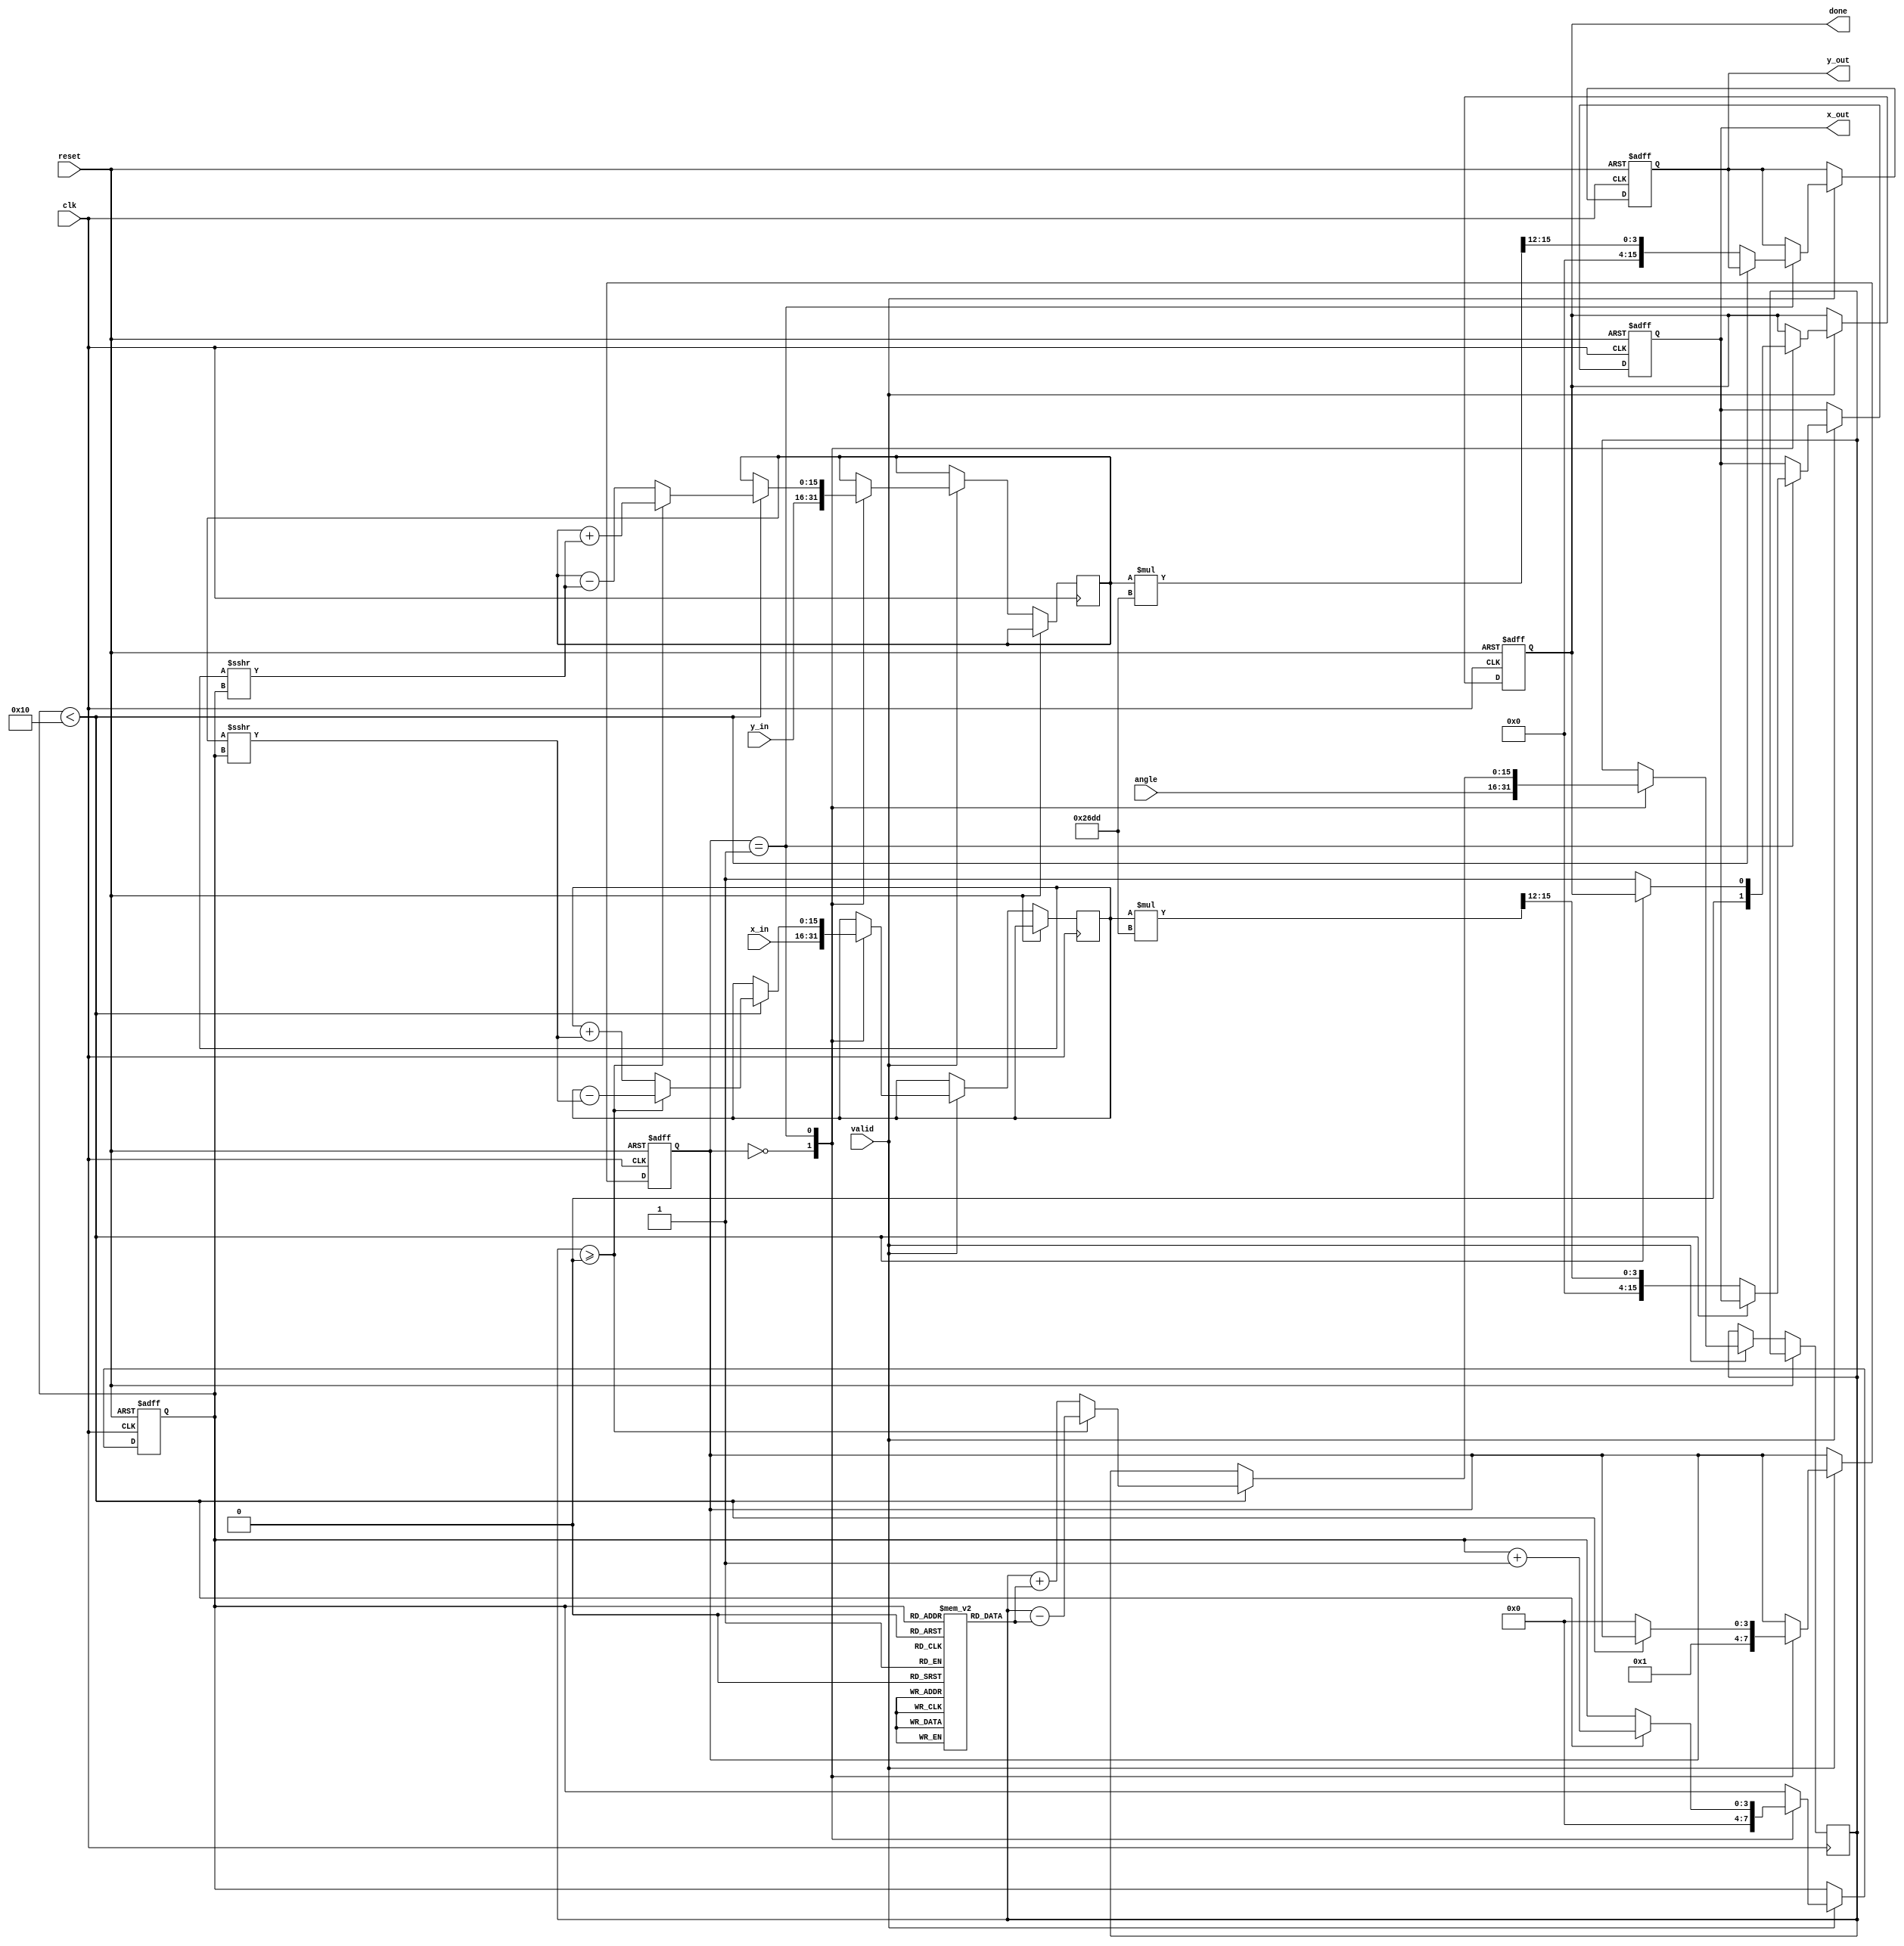
module cordic_fixed_point #(
    parameter WIDTH = 16, // Total bit-width for fixed-point representation
    parameter FRAC_BITS = 12, // Number of fractional bits
    parameter ITERATIONS = 16 // Number of CORDIC iterations
)(
    input wire clk,
    input wire reset,
    input wire valid,
    input wire [WIDTH-1:0] x_in, // Fixed-point input X
    input wire [WIDTH-1:0] y_in, // Fixed-point input Y
    input wire [WIDTH-1:0] angle, // Fixed-point angle input
    output reg [WIDTH-1:0] x_out, // Fixed-point output X
    output reg [WIDTH-1:0] y_out, // Fixed-point output Y
    output reg done // Status flag
);

    // Scaling factor for normalization
    localparam SCALING_FACTOR = 16'h26DD; // Approximation of 1/K for K = sqrt(1 + 2^-2) for N = 16

    // Lookup table for arctangent values
    reg [WIDTH-1:0] atan_lut [0:ITERATIONS-1];
    initial begin
        // Precompute atan(2^-i) values for i = 0, 1, ..., N
        atan_lut[0] = 16'h2000; // atan(1) = pi/4
        atan_lut[1] = 16'h199A; // atan(0.5) = pi/6
        atan_lut[2] = 16'h1333; // atan(0.25) = pi/12
        // ... Fill in the rest of the LUT values
        // For simplicity, the LUT values can be filled with actual atan values in fixed-point format.
    end

    // State machine for CORDIC iterations
    reg [3:0] state;
    reg [3:0] iteration;
    reg [WIDTH-1:0] x, y;
    reg [WIDTH-1:0] angle_accum;

    // State machine to control CORDIC operation
    always @(posedge clk or posedge reset) begin
        if (reset) begin
            state <= 0;
            iteration <= 0;
            x_out <= 0;
            y_out <= 0;
            done <= 0;
        end else if (valid) begin
            case (state)
                0: begin // Initialization
                    x <= x_in;
                    y <= y_in;
                    angle_accum <= angle;
                    iteration <= 0;
                    done <= 0;
                    state <= 1;
                end
                1: begin // CORDIC iterations
                    if (iteration < ITERATIONS) begin
                        if (angle_accum >= 0) begin
                            // Rotate clockwise
                            x <= x - (y >>> iteration);
                            y <= y + (x >>> iteration);
                            angle_accum <= angle_accum - atan_lut[iteration];
                        end else begin
                            // Rotate counter-clockwise
                            x <= x + (y >>> iteration);
                            y <= y - (x >>> iteration);
                            angle_accum <= angle_accum + atan_lut[iteration];
                        end
                        iteration <= iteration + 1;
                    end else begin
                        // Final scaling
                        x_out <= (x * SCALING_FACTOR) >>> FRAC_BITS;
                        y_out <= (y * SCALING_FACTOR) >>> FRAC_BITS;
                        done <= 1;
                        state <= 0; // Go back to initialization
                    end
                end
            endcase
        end
    end

endmodule